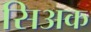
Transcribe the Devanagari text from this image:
सिअक